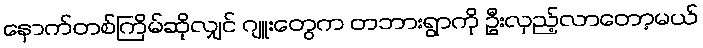
နောက်တစ်ကြိမ်ဆိုလျှင် ဂျူးတွေက တဘားရွာကို ဦးလှည့်လာတော့မယ်